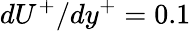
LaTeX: dU^{+}/dy^{+}=0.1